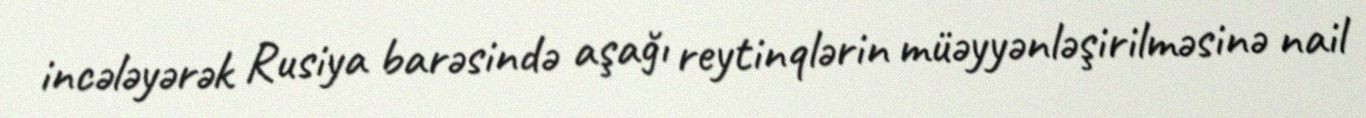
incələyərək Rusiya barəsində aşağı reytinqlərin müəyyənləşirilməsinə nail